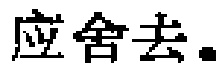
应舍去。